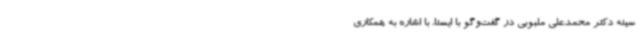
سینه دکتر محمدعلی ملبوبی در گفت‌وگو با ایسنا، با اشاره به همکاری